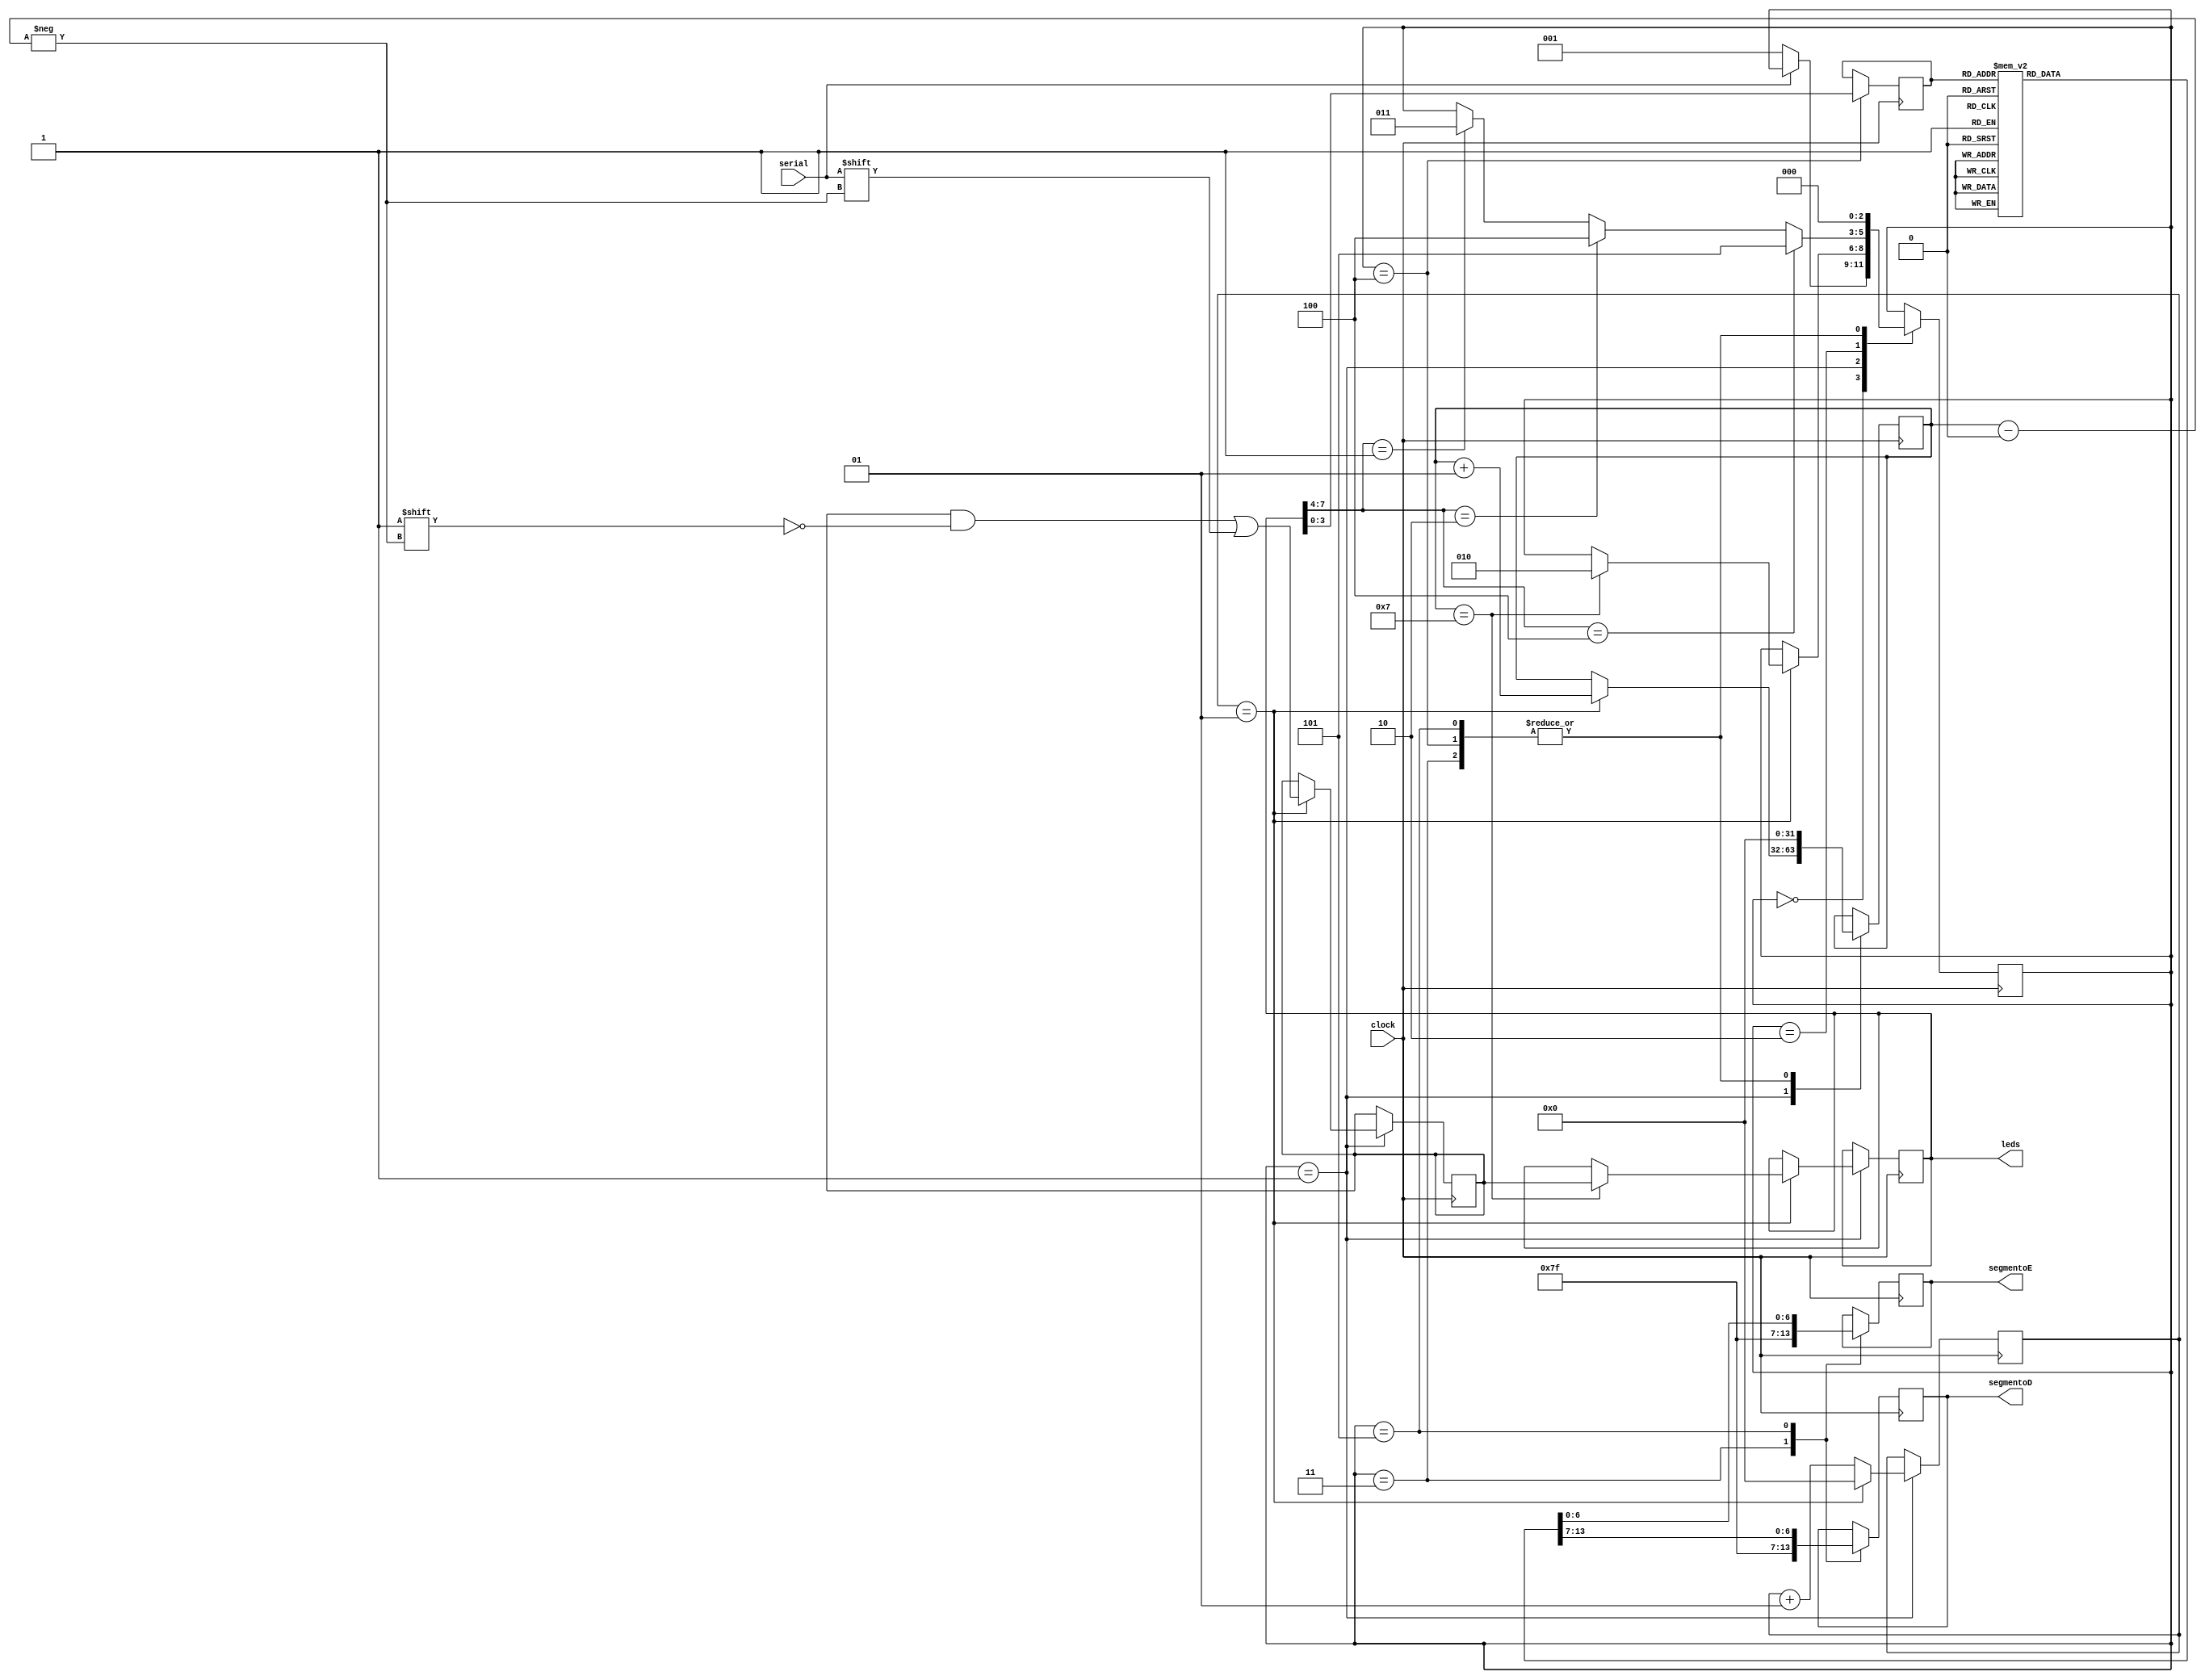
module rx(serial,clock,leds,segmentoD, segmentoE);

input serial, clock;
wire serial;
output reg [7:0] leds;
output reg [6:0] segmentoE;
output reg [6:0] segmentoD;

parameter [2:0]espera=0, armazena=1, Led=2, limpa=3,carrega=4,mostra=5;
integer  count=0;
integer  contador=0;
reg [7:0] aux;
reg [3:0] data;
reg [2:0] estado=espera;

always @(negedge clock) 
    begin
        case(estado)
        espera:
            begin
                if(serial==0)
                begin 
                    estado<=armazena;
                end
            end
        armazena:
            begin
                count<=count+1;
                if(count==1)
                begin
                    contador<=contador+1;
                    aux[contador]<=serial;
                    if(contador==7)
                      begin
			estado<=Led;
			leds<=aux;
                       count<=0;
		      end
                    count<=0;
                end
            end 
        Led:
            begin 
                if(leds[7:4]==3'b0001)
                begin
                    estado<=limpa;
                end
                if(leds[7:4]==3'b0010)
                begin
                    estado<=carrega;
                end
                if(leds[7:4]==3'b0100)
                begin
                    estado<=mostra;
                end
            end
        limpa:
            begin
                segmentoE <= 7'b1111111;
                segmentoD <= 7'b1111111;
                contador<=0;
                estado<=espera;
                
            end
        carrega:
            begin
                data<=leds[3:0];
                contador<=0;
                estado<=espera;
                
            end
        mostra:
            begin
                case(data)
                4'b0000 :
                    begin      	
                    segmentoE <= 7'b0000001;
                    segmentoD <= 7'b0000001;
                    end   
                 4'b0001 :
                    begin    		
                    segmentoE <= 7'b0000001;
                    segmentoD <= 7'b1001111 ;
                    end
                4'b0010 :
                    begin  		
                    segmentoE <= 7'b0000001;
                    segmentoD <= 7'b0010010 ;
                    end 
                4'b0011 :
                    begin 		
                    segmentoE <= 7'b0000001;
                    segmentoD <= 7'b0000110 ;
                    end
                4'b0100 :
                    begin		
                    segmentoE <= 7'b0000001;
                    segmentoD <= 7'b1001100 ;
                    end
                4'b0101 :
                    begin		
                    segmentoE <= 7'b0000001;
                    segmentoD <= 7'b0100100 ;
                    end  
                4'b0110 :
                    begin		
                    segmentoE <= 7'b0000001;
                    segmentoD <= 7'b0100000 ;
                    end
                4'b0111 :
                    begin		
                    segmentoE <= 7'b0000001;
                    segmentoD <= 7'b0001111;
                    end         
                4'b1000 :
                    begin     		
                    segmentoE <= 7'b0000001 ;
                    segmentoD <= 7'b0000000 ;
                    end
                4'b1001 :
                    begin    		
                    segmentoE <= 7'b0000001 ;
                    segmentoD <= 7'b0000100 ;
                    end
                4'b1010 :
                    begin  		
                    segmentoE <= 7'b1001111 ;
                    segmentoD <= 7'b0000001 ;
                    end 
                4'b1011 :
                    begin 		
                    segmentoE <= 7'b1001111 ;
                    segmentoD <= 7'b1001111 ;
                    end 
                4'b1100 :
                    begin		
                    segmentoE <= 7'b1001111 ;
                    segmentoD <= 7'b0010010 ;
                    end 
                4'b1101 :
                    begin		
                    segmentoE <= 7'b1001111 ;
                    segmentoD <= 7'b0000110 ;
                    end
                4'b1110 :
                    begin		
                    segmentoE <= 7'b1001111 ;
                    segmentoD <= 7'b1001100 ;
                    end
                4'b1111 :
                    begin		
                    segmentoE <= 7'b1001111 ;
                    segmentoD <= 7'b0100100 ;
                    end
                endcase
                contador<=0;
                estado<=espera;
            end
    endcase
    end
endmodule